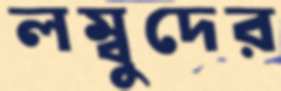
লম্বুদের